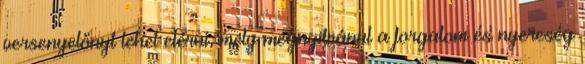
versenyelőnyt lehet elérni, mely megnyilvánul a forgalom és nyereség